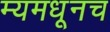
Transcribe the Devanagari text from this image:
म्यमधूनच